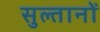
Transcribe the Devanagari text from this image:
सुल्‍तानों